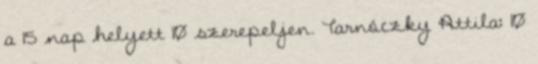
a 15 nap helyett 10 szerepeljen. Tarnóczky Attila: 10